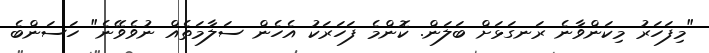
"މިފަހަރު މިކަންވާނެ ރަނގަޅަށް ބަލަން. ކޮންމެ ފަހަރަކު އެހެން ސަލާމަތެއް ނުވެވޭނެ" ހަސަންބެ